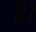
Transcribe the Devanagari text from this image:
र्हे।